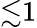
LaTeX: {\lesssim}1